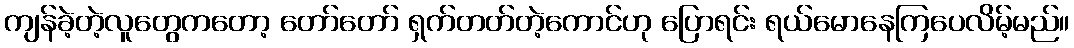
ကျန်ခဲ့တဲ့လူတွေကတော့ တော်တော် ရှက်တတ်တဲ့ကောင်ဟု ပြောရင်း ရယ်မောနေကြပေလိမ့်မည်။